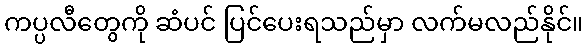
ကပ္ပလီတွေကို ဆံပင် ပြင်ပေးရသည်မှာ လက်မလည်နိုင်။